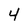
Character: 4